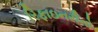
રિફાઇનરીનો